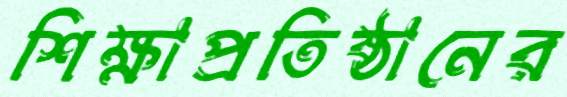
শিক্ষাপ্রতিষ্ঠানের